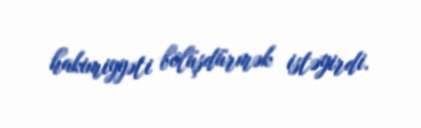
hakimiyyəti bölüşdürmək istəyirdi.